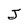
Character: J